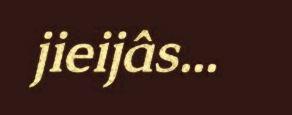
jieijâs...